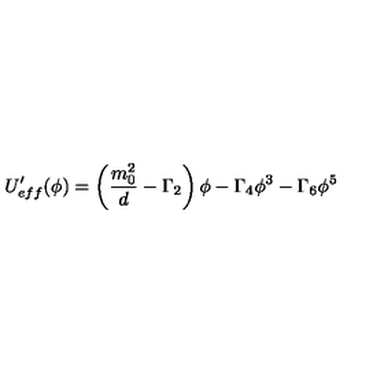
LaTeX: U _ { e f f } ^ { \prime } ( \phi ) = \left( \frac { m _ { 0 } ^ { 2 } } { d } - \Gamma _ { 2 } \right) \phi - \Gamma _ { 4 } \phi ^ { 3 } - \Gamma _ { 6 } \phi ^ { 5 }